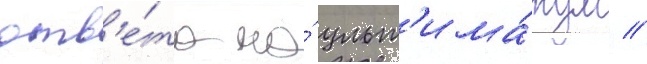
отв'е́та на́ ульт'има́тум /